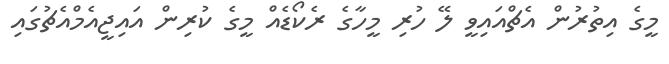
މީގެ އިތުރުން އެޗްއައިވީ ލޭ ހުރި މީހާގެ ރެކޯޑެއް މީގެ ކުރިން އައިޖީއެމްއެޗުގައި